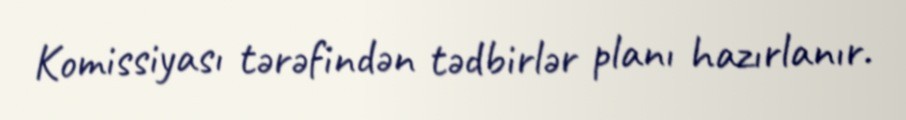
Komissiyası tərəfindən tədbirlər planı hazırlanır.